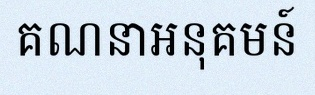
គណនាអនុគមន៍